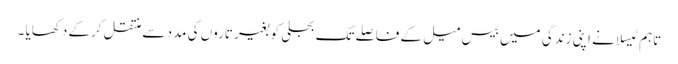
تاہم ٹیسلا نے اپنی زندگی میں بیس میل کے فاصلے تک بجلی کو بغیر تاروں کی مدد سے منتقل کرکے دکھایا ۔